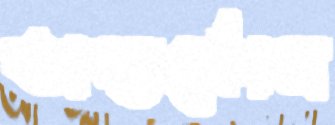
অন্তর্কোন